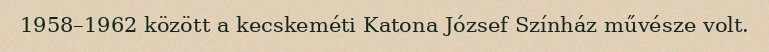
1958–1962 között a kecskeméti Katona József Színház művésze volt.